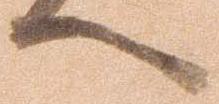
へ